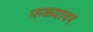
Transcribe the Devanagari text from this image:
फळ्यावर